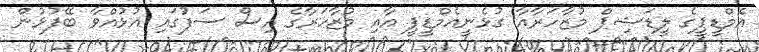
އެމްޑީޕީގެ ލީޑަޝިޕް މުޒާހަރާއާ ގުޅެނީއެމްޑީޕީ އާއި މުޒާހަރާގެ އިސް ސަފުގައި އުޅުއްވާ ބޭފުޅުން